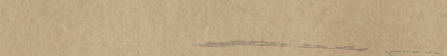
مطعم البيت اللبناني يقدم